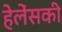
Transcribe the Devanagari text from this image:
हेलेंसकी